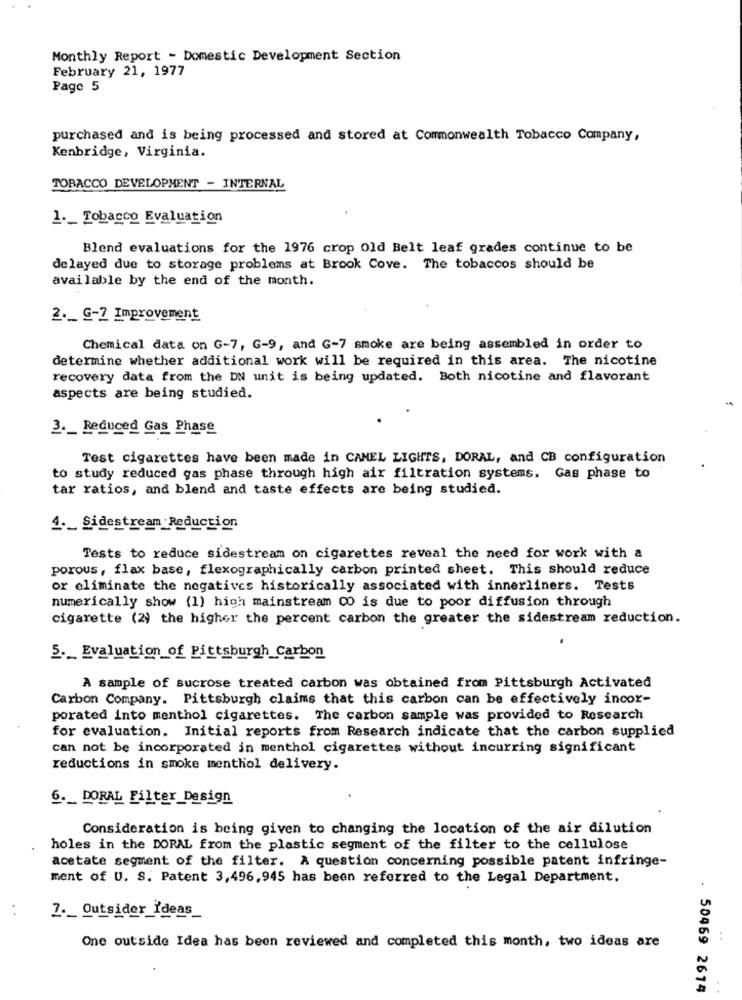
Monthly Report - Domestic Development Section
February 21, 1977
Page 5
purchased and is being processed and stored at Commonwealth Tobacco Company,
Kenbridge, Virginia.
TOBACCO DEVELOPMENT - INTERNAL
1 ._ Tobacco Evaluation
Blend evaluations for the 1976 crop old Belt leaf grades continue to be
delayed due to storage problems at Brook Cove. The tobaccos should be
available by the end of the month.
2 ._ G-2 Improvement
Chemical data on G-7, G-9, and G-7 smoke are being assembled in order to
determine whether additional work will be required in this area. The nicotine
recovery data from the DN unit is being updated. Both nicotine and flavorant
aspects are being studied.
3. Reduced Gas Phase
Test cigarettes have been made in CAMEL LIGHTS, DORAL, and CB configuration
to study reduced gas phase through high air filtration systems. Gas phase to
tar ratios, and blend and taste effects are being studied.
4 ._ Sidestream Reduction
Tests to reduce sidestream on cigarettes reveal the need for work with a
porous, flax base, flexographically carbon printed sheet. This should reduce
or eliminate the negatives historically associated with innerliners. Tests
numerically show (1) high mainstream CO is due to poor diffusion through
cigarette (2) the higher the percent carbon the greater the sidestream reduction.
5 ._ Evaluation of Pittsburgh Carbon
A sample of sucrose treated carbon was obtained from Pittsburgh Activated
Carbon Company. Pittsburgh claims that this carbon can be effectively incor-
porated into menthol cigarettes. The carbon sample was provided to Research
for evaluation. Initial reports from Research indicate that the carbon supplied
can not be incorporated in menthol cigarettes without incurring significant
reductions in smoke menthol delivery.
6. _ DORAL Filter Design
Consideration is being given to changing the location of the air dilution
holes in the DORAL from the plastic segment of the filter to the cellulose
acetate segment of the filter. A question concerning possible patent infringe-
ment of U. S. Patent 3,496,945 has been referred to the Legal Department.
7 ._ Outsider Ideas
One outside Idea has been reviewed and completed this month, two ideas are
. 50469 2614